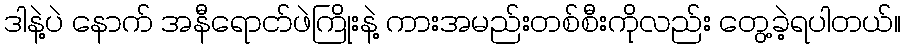
ဒါနဲ့ပဲ နောက် အနီရောငာ်ဖဲကြိုးနဲ့ ကားအမည်းတစ်စီးကိုလည်း တွေ့ခဲ့ရပါတယ်။